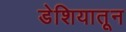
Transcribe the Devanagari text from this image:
डेशियातून